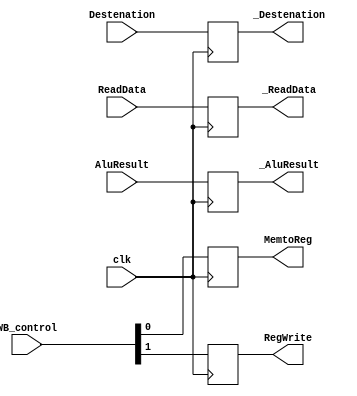
module MEM_WB_register(
WB_control,MemtoReg,RegWrite,
ReadData,_ReadData,
AluResult,_AluResult,
Destenation,_Destenation,
clk
);
input clk;

input [1:0] WB_control;
output reg MemtoReg,RegWrite;

input wire [31:0] ReadData;
output reg [31:0] _ReadData;

input wire [31:0] AluResult;
output reg [31:0] _AluResult;

input wire [4:0] Destenation;
output reg [4:0] _Destenation;

always@(posedge clk)
begin
MemtoReg<=WB_control[0];
RegWrite<=WB_control[1];
_ReadData<=ReadData;
_AluResult<=AluResult;
_Destenation<=Destenation;
end
initial begin
MemtoReg<=0;
RegWrite<=0;
_ReadData<=0;
_AluResult<=0;
_Destenation<=0;
end

endmodule